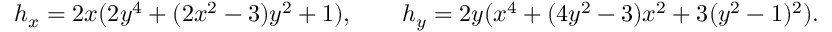
h _ { x } = 2 x ( 2 y ^ { 4 } + ( 2 x ^ { 2 } - 3 ) y ^ { 2 } + 1 ) , \qquad h _ { y } = 2 y ( x ^ { 4 } + ( 4 y ^ { 2 } - 3 ) x ^ { 2 } + 3 ( y ^ { 2 } - 1 ) ^ { 2 } ) .